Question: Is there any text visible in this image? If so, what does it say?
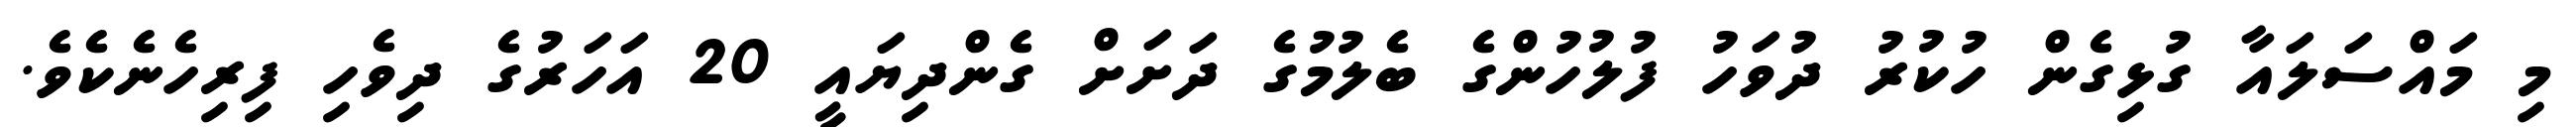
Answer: މި މައްސަލައާ ގުޅިގެން ހުކުރު ދުވަހު ފުލުހުންގެ ބެލުމުގެ ދަށަށް ގެންދިޔައީ 20 އަހަރުގެ ދިވެހި ފިރިހެނެކެވެ.